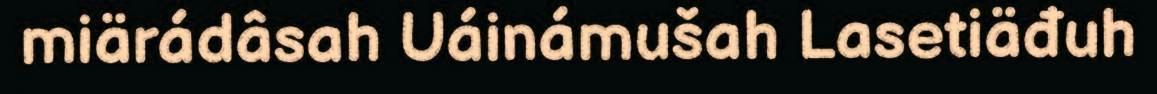
miärádâsah Uáinámušah Lasetiäđuh